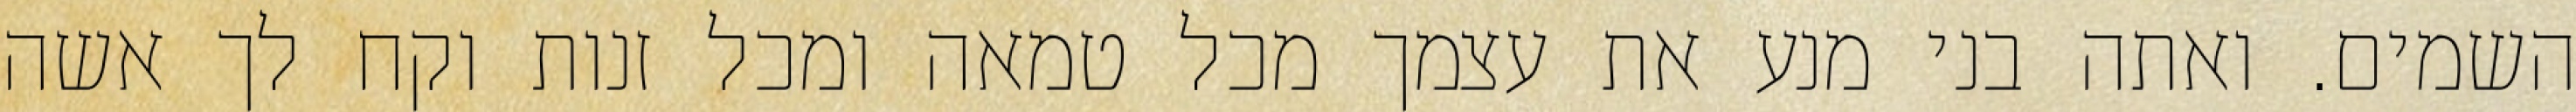
השמים. ואתה בני מנע את עצמך מכל טמאה ומכל זנות וקח לך אשה